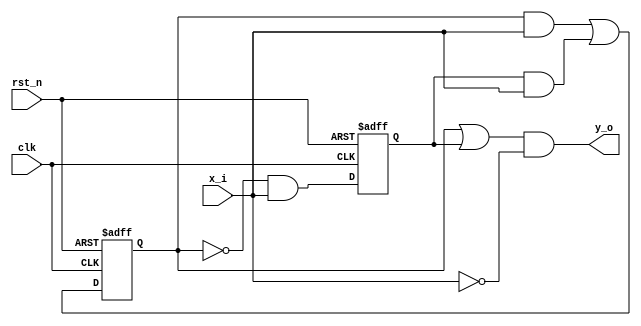
`timescale 1ns / 1ps
//////////////////////////////////////////////////////////////////////////////////
// Company: 
// Engineer: 
// 
// Design Name: 
// Module Name: fsm_mealy_1always
// Project Name: 
// Target Devices: 
// Tool Versions: 
// Description: 
// 
// Dependencies: 
// 
// Revision:
// Revision 0.01 - File Created
// Additional Comments:
// 
//////////////////////////////////////////////////////////////////////////////////


module fsm_mealy_1always
(
input x_i,
input rst_n,
input clk,
output y_o
);

reg A_reg, B_reg;

always @(posedge clk, negedge rst_n) begin
    if (rst_n == 1'b0) begin
        A_reg <= 1'b0;
        B_reg <= 1'b0;
    end
    else begin
        A_reg <= (A_reg & x_i) | (B_reg & x_i);
        B_reg <= (!A_reg & x_i);
    end
end

assign y_o = (A_reg | B_reg) & !x_i;


endmodule